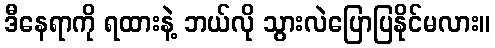
ဒီနေရာကို ရထားနဲ့ ဘယ်လို သွားလဲပြောပြနိုင်မလား။